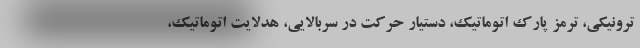
ترونیکی، ترمز پارک اتوماتیک، دستیار حرکت در سربالایی، هدلایت اتوماتیک،